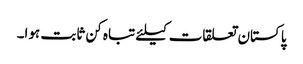
پاکستان تعلقات کیلئے تباہ کن ثابت ہوا۔